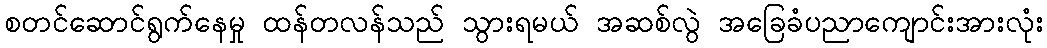
စတင်ဆောင်ရွက်နေမှု ထန်တလန်သည် သွားရမယ် အဆစ်လွဲ အခြေခံပညာကျောင်းအားလုံး